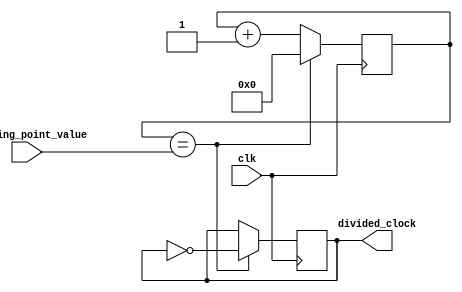
module floating_point_clock_divider (
    input clk,
    input [31:0] floating_point_value,
    output reg divided_clock
);

reg [31:0] counter;
reg [31:0] floating_point_counter;

always @(posedge clk) begin
    counter <= counter + 1;
    if (counter == floating_point_value) begin
        counter <= 0;
        divided_clock <= ~divided_clock;
    end
end

always @(posedge clk) begin
    floating_point_counter <= floating_point_counter + 1;
    if (floating_point_counter == 2147483647) begin // Maximum value for 32-bit floating point
        floating_point_counter <= 0;
    end
end

endmodule